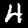
Label: 4